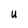
Character: U